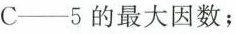
C──5的最大因数；